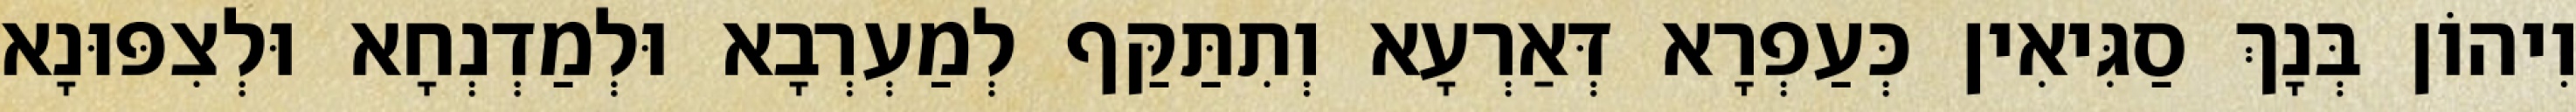
וִיהוֹן בְּנָךְ סַגִּיאִין כְּעַפְרָא דְּאַרְעָא וְתִתַּקַּף לְמַעְרְבָא וּלְמַדְנְחָא וּלְצִפּוּנָא